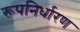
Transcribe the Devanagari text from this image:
रूपनिर्धारण